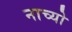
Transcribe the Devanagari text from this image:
नाच्यो